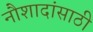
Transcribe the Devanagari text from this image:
नौशादांसाठी